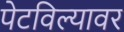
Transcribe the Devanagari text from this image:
पेटविल्यावर